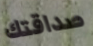
صداقتك